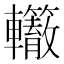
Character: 𰹭